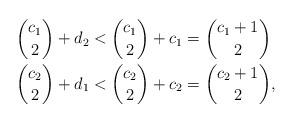
LaTeX: \begin{align*}\binom{c_1}{2} + d_2 &< \binom{c_1}{2} + c_1 = \binom{c_1+1}{2}\\\binom{c_2}{2} + d_1 &< \binom{c_2}{2} + c_2 = \binom{c_2+1}{2},\end{align*}